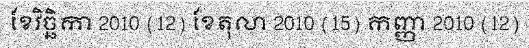
ខែវិច្ឆិកា 2010 (12) ខែតុលា 2010 (15) កញ្ញា 2010 (12)